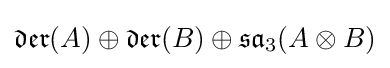
{\mathfrak {der}}(A)\oplus {\mathfrak {der}}(B)\oplus {\mathfrak {sa}}_{3}(A\otimes B)